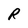
Character: R